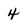
Character: 4